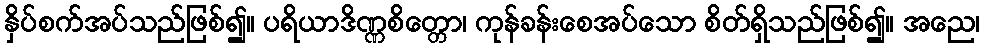
နှိပ်စက်အပ်သည်ဖြစ်၍။ ပရိယာဒိဏ္ဏစိတ္တော၊ ကုန်ခန်းစေအပ်သော စိတ်ရှိသည်ဖြစ်၍။ အညေ၊